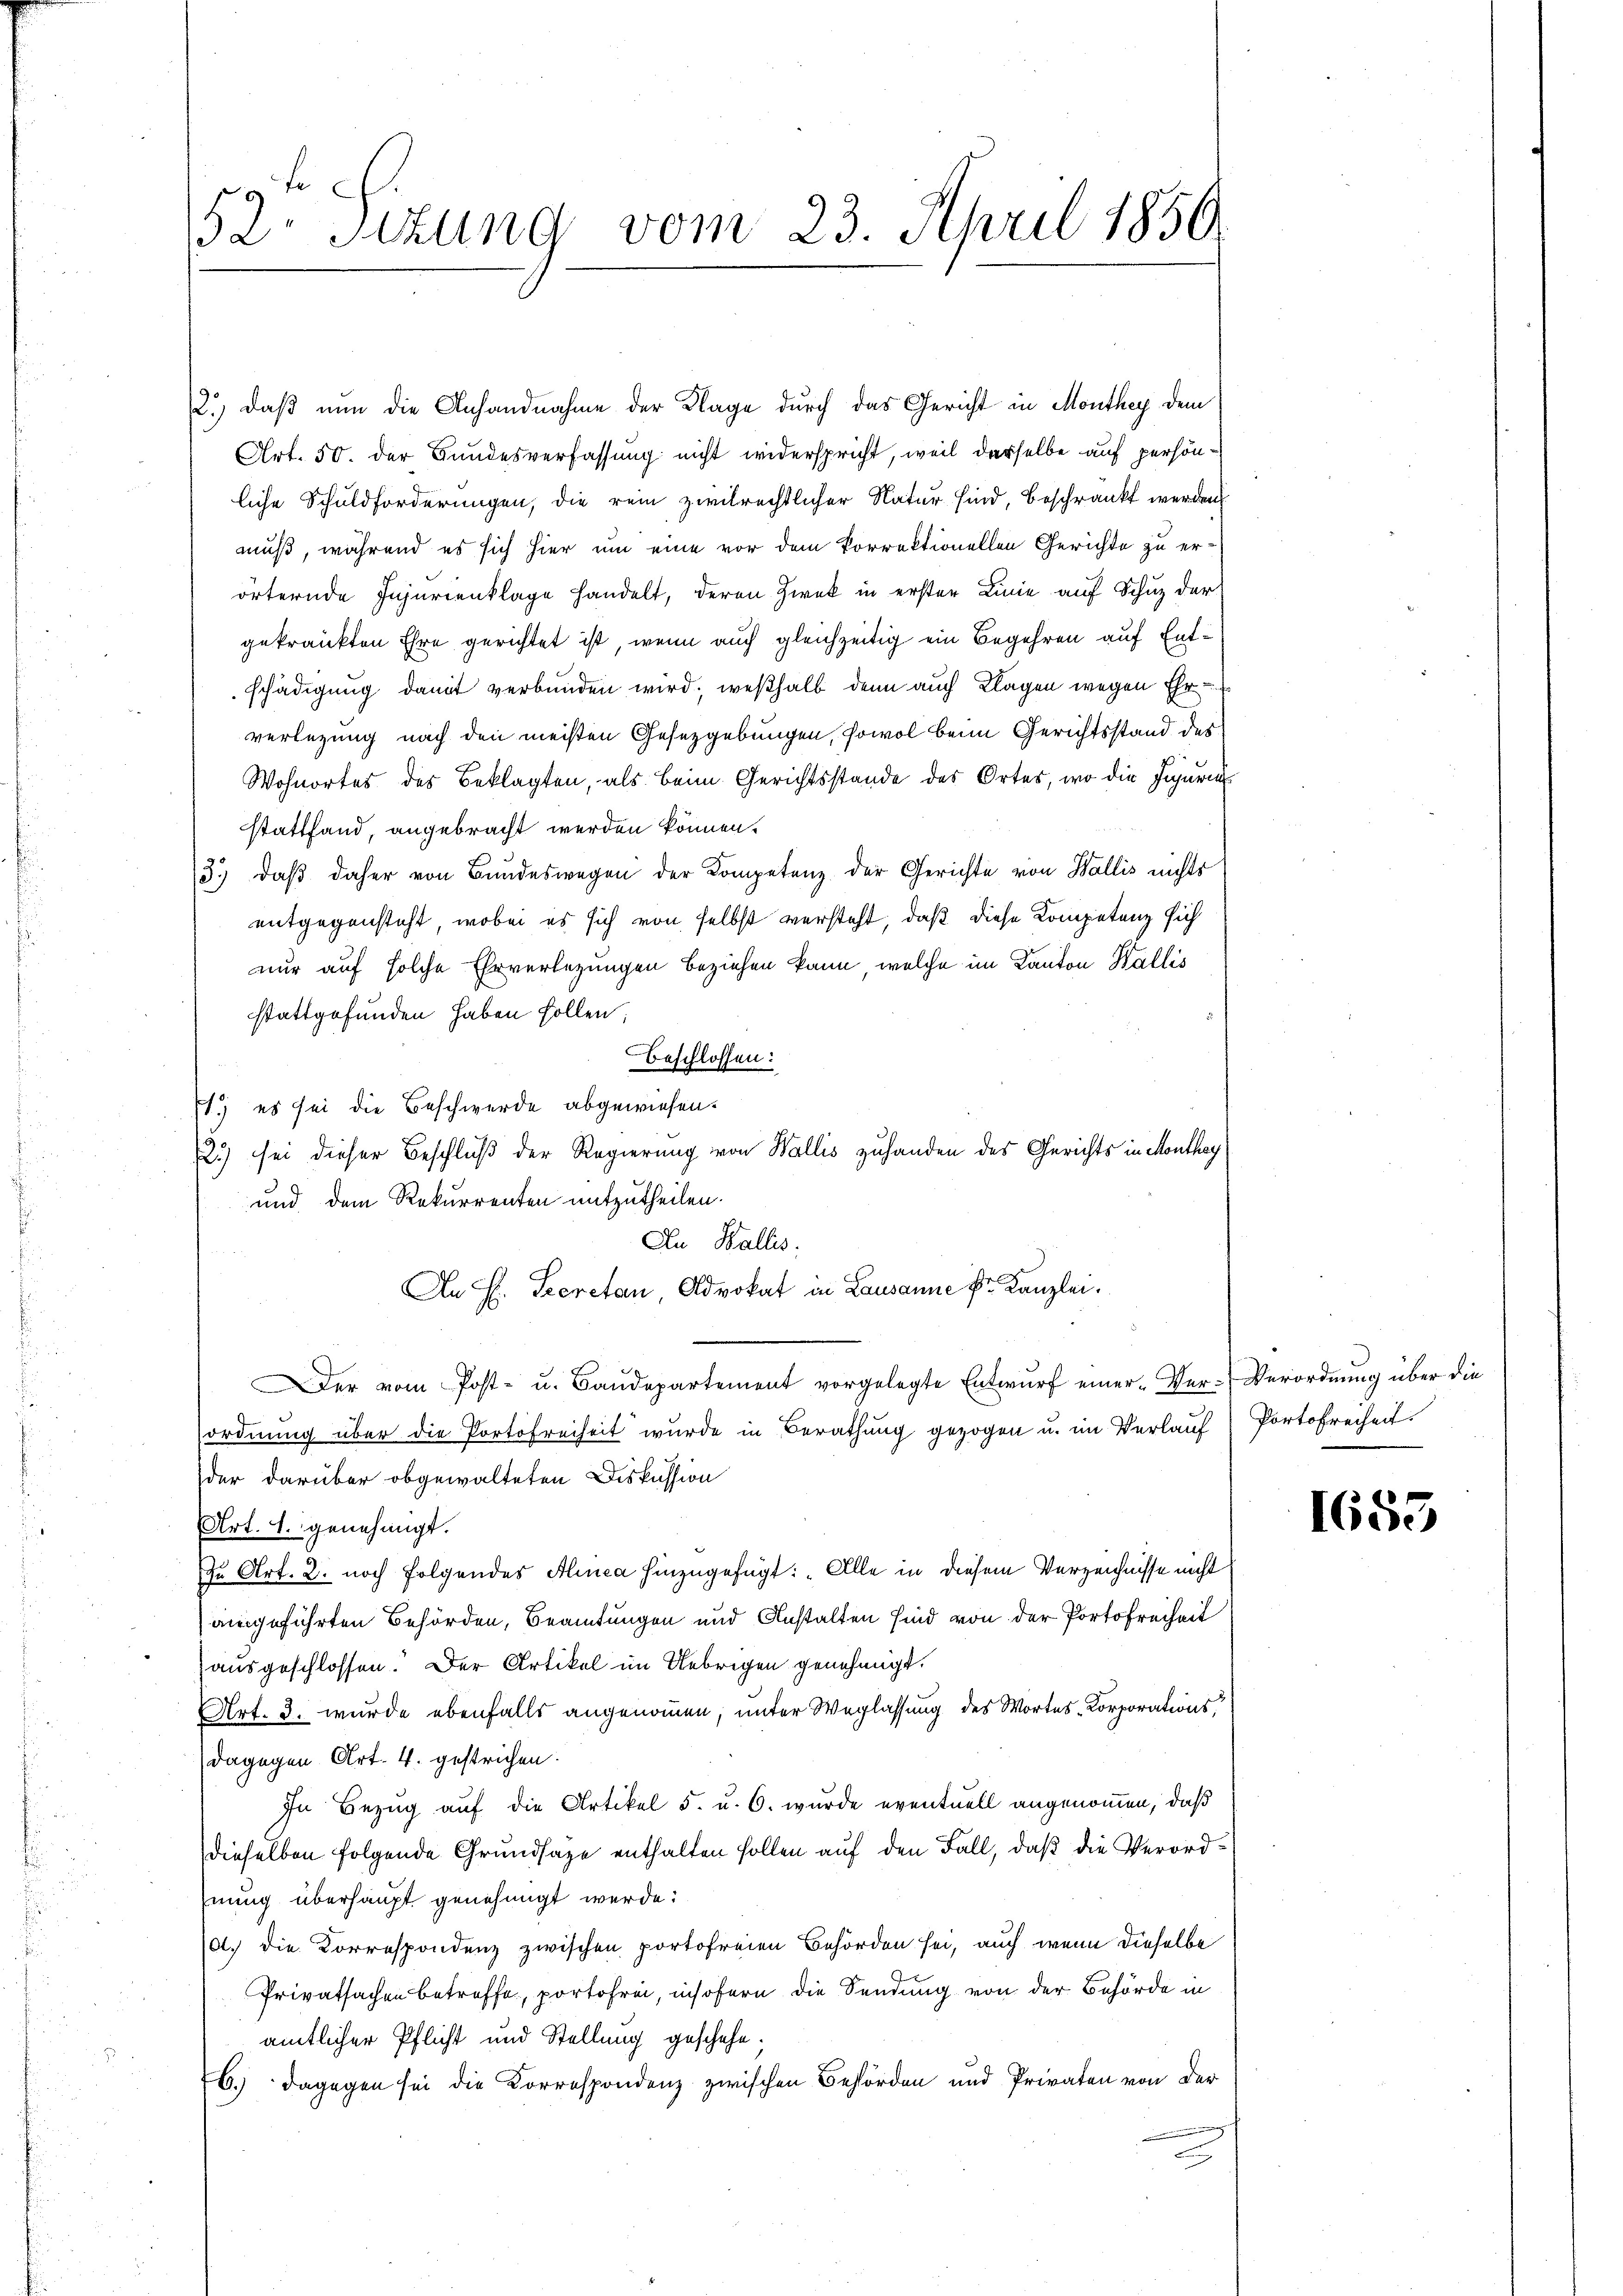
52. Sizung vom 23. April 1850.

2.) Daß nun die Anhandnahme der Klage durch das Gericht in Monthey dem
Art. 50. der Bundesverfassung nicht widerspricht, weil derselbe auf persönliche Schuldforderungen, die rein zivilrechtlicher Natur sind, beschränkt werden
muß, während es sich hier um eine vor dem korrektionellen Gerichte zu erörternde Injurienklage handelt, deren Zwek in erster Linie auf Schuz der
gekränkten Ehre gerichtet ist, wenn auch gleichzeitig ein Begehren auf Entschädigung damit verbunden wird; weßhalb denn auch Klagen wegen Ehr
verlegung nach den meisten Gesetzgebungen, sowol beim Gerichtsstand des
Wohnortes des Beklagten, als beim Gerichtsstande des Ortes, wo die Jahren
stattfand, angebracht werden können.
3.) Daß daher von Bundeswegen der Kompetenz der Gerichte von Wallis nichts
entgegensteht, wobei es sich von selbst versteht, daß diese Kompetenz sich
nur auf solche Ehrverlegungen beziehen kann, welche im Kanton Wallis
stattgefunden haben sollen;
beschlossen:
.) es sei die Beschwerde abgewiesen.
2.) sei dieser Beschluß der Regierung von Wallis zuhanden des Gerichts in Monthey
und dem Rekurrenten mitzutheilen.
An Wallis.
An H. Secretan Advokat in Lausanne fr. Kanzlei.
er vom Post- u. Baŭdepartement vorgelegte Entwŭrf einer-Ver-Verordnung über die
ordnung über die Portofreiheit wurde in Berathung gezogen u. im Verlauf Portofreiheit
der darüber obgewalteten Diskussion
Art. 4. genehmigt.
Zu Art. 2. noch folgendes Alinea hinzugefügt: „Alle in diesem Verzeichnisse nicht
augeführten Behörden, Beamtungen und Anstalten sind von der Portofreiheit
ausgeschlossen. Der Artikel im Uebrigen genehmigt.
Art. 3. wurde ebenfalls angenommen, unter Weglassung des Wortes Korporationsdagegen Art. 4. gestrichen.
In Bezug auf die Artikel 5. u. 6. wurde eventuell angenommen, daß
dieselben folgende Grundsaze enthalten sollen auf den Fall, daß die Verordnung überhaupt genehmigt werde:
01. Die Korrespondenz zwischen portofreien Behörden sei, auch wenn dieselbe
Privatsachen betreffe, portofrei, insofern die Sendung von der Behörde in
amtlicher Pflicht und Stellung geschehe.
C.) Dagegen sei die Korrespondenz zwischen Behörden und Privaten von der

1653